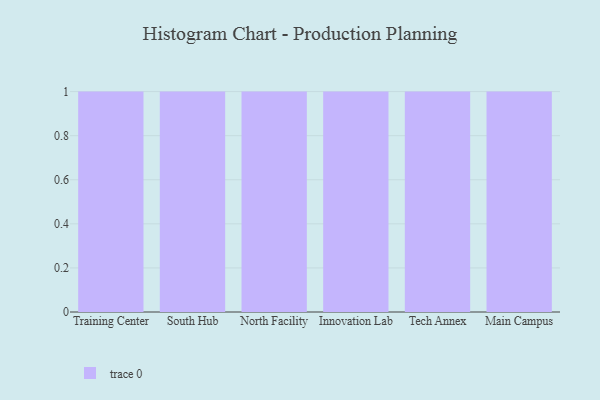
{"axis": {"x": "Campus", "y": "Demand Index"}, "legend": [""], "data": [{"x": "Training Center", "y": 84, "type": ""}, {"x": "South Hub", "y": 64, "type": ""}, {"x": "North Facility", "y": 37, "type": ""}, {"x": "Innovation Lab", "y": 49, "type": ""}, {"x": "Tech Annex", "y": 95, "type": ""}, {"x": "Main Campus", "y": 64, "type": ""}]}